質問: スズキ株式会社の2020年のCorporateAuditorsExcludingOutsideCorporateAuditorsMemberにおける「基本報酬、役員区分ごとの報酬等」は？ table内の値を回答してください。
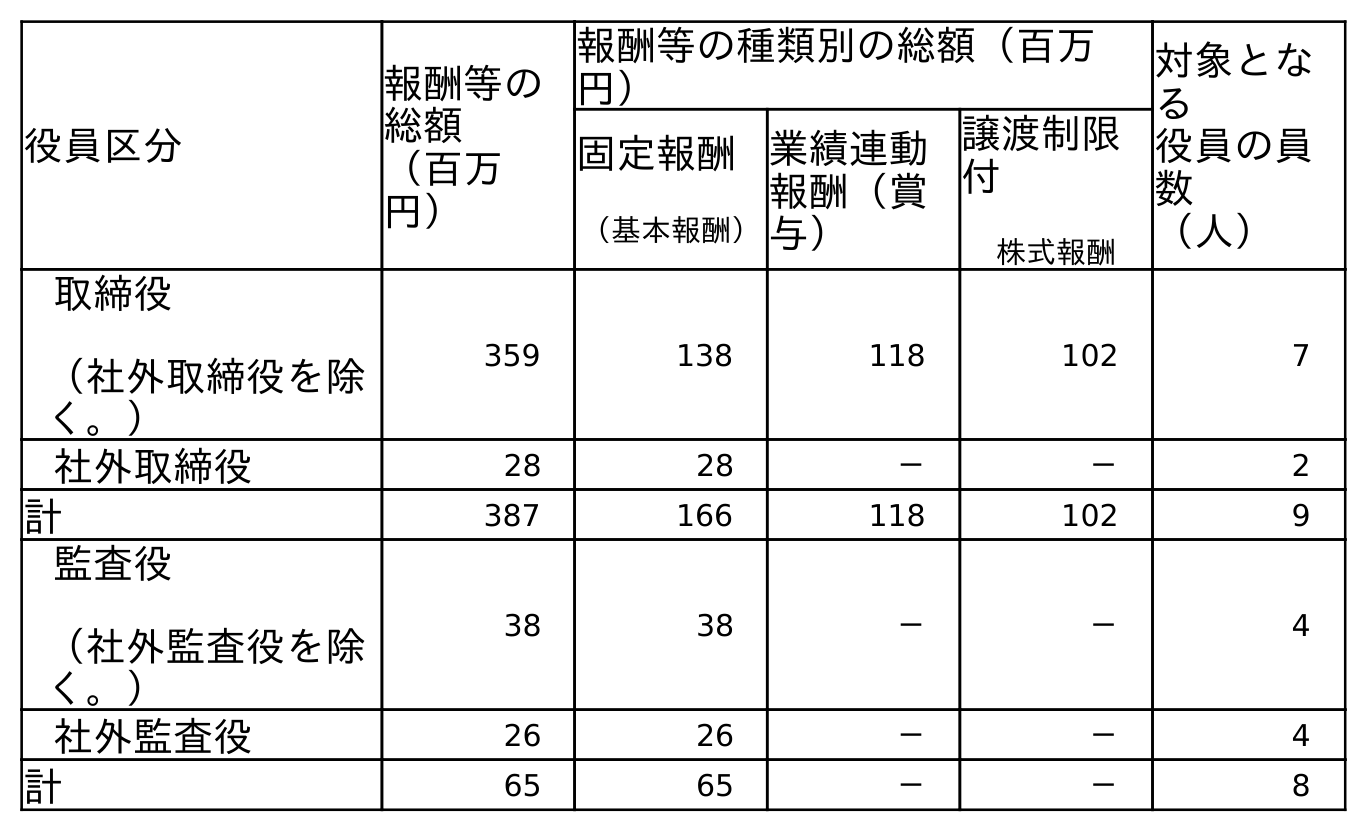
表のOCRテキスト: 役員区分 報酬等の 総額 （百万 円） 報酬等の種類別の総額（百万 円） 対象とな る 役員の員 数 （人） 固定報酬 （基本報酬） 業績連動 報酬（賞 与） 譲渡制限 付 株式報酬 取締役 （社外取締役を除 く。） 359 138 118 102 7 社外取締役 28 28 － － 2 計 387 166 118 102 9 監査役 （社外監査役を除 く。） 38 38 － － 4 社外監査役 26 26 － － 4 計 65 65 － － 8
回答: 38